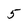
Character: 5